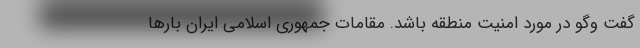
گفت وگو در مورد امنیت منطقه باشد. مقامات جمهوری اسلامی ایران بارها